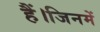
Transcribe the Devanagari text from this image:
हैं।जिनमें